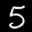
Label: 5